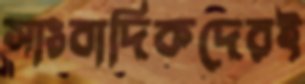
সাংবাদিকদেরই